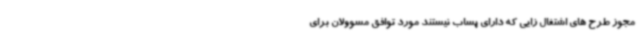
مجوز طرح های اشتغال زایی که دارای پساب نیستند مورد توافق مسوولان برای